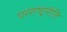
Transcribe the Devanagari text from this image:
परराष्ट्रनीति